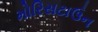
મોરિસટાઉન